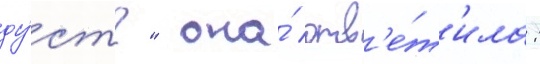
ду́ст?"  она́ отв'е́т'ила: